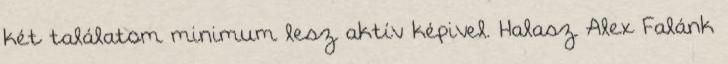
két találatom minimum lesz aktív képivel. Halasz Alex Falánk